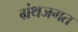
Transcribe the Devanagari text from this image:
ग्रंथजगत